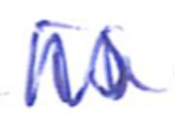
Text: is
Cross-out: zig-zag
Writing tool: ballpoint